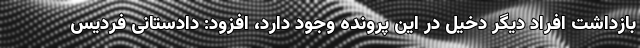
بازداشت افراد دیگر دخیل در این پرونده وجود دارد، افزود: دادستانی فردیس